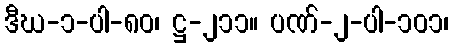
ဒီဃ-၁-ပါ-၈၀၊ ဋ္ဌ-၂၁၁။ ပဏ်-၂-ပါ-၁၀၁၊